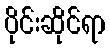
ပိုင်းဆိုင်ရာ